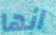
انها